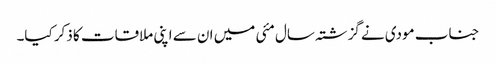
جناب مودی نے گزشتہ سال مئی میں ان سے اپنی ملاقات کا ذکر کیا۔